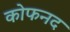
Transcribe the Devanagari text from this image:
कोफनद